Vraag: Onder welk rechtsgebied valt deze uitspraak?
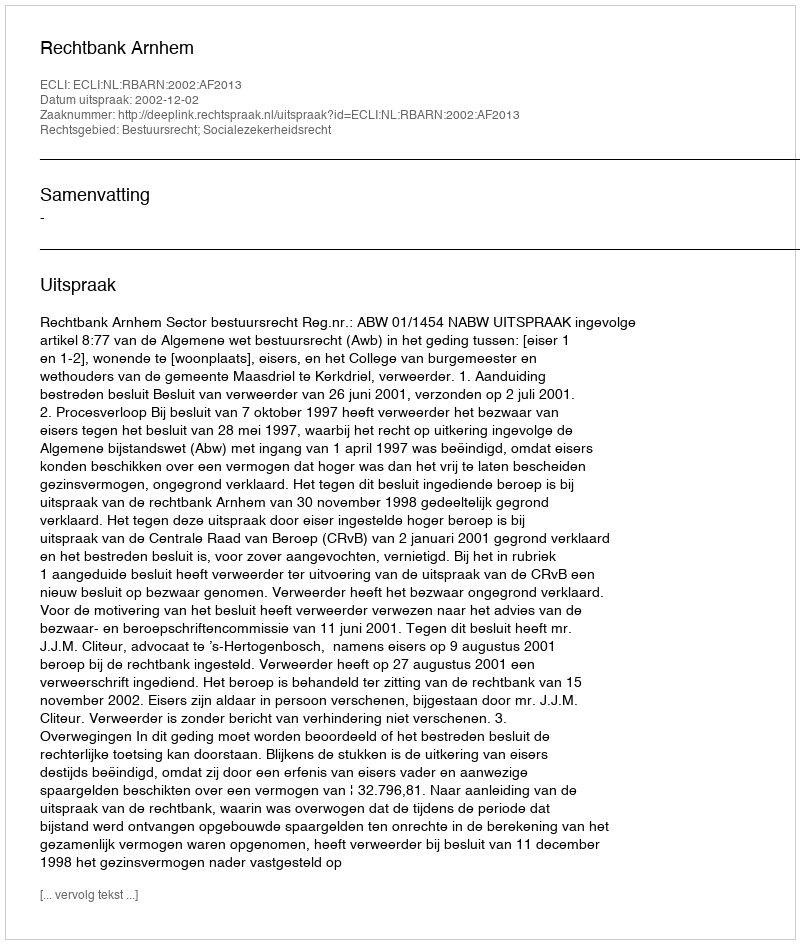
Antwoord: Bestuursrecht; Socialezekerheidsrecht